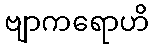
ဗျာကရောဟိ